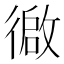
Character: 𫹢